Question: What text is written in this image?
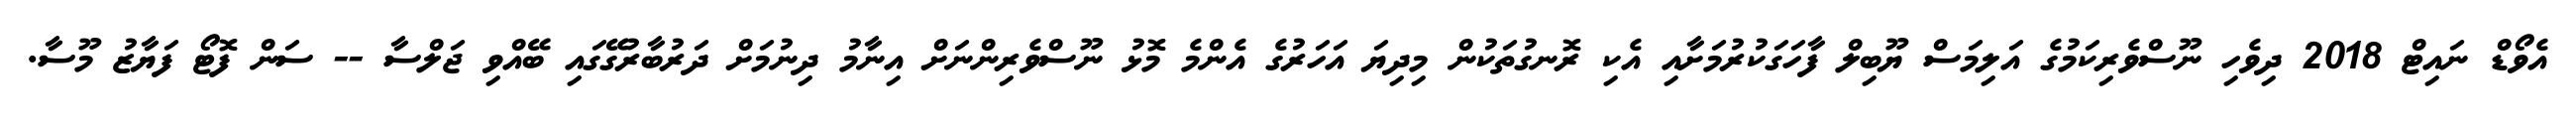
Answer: އެވޯޑް ނައިޓް 2018 ދިވެހި ނޫސްވެރިކަމުގެ އަލިމަސް ޔޫބިލް ފާހަގަކުރުމަށާއި އެކި ރޮނގުތަކުން މިދިޔަ އަހަރުގެ އެންމެ މޮޅު ނޫސްވެރިންނަށް އިނާމު ދިނުމަށް ދަރުބާރުގޭގައި ބޭއްވި ޖަލްސާ -- ސަން ފޮޓޯ ފަޔާޒު މޫސާ.